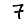
Digit: 7